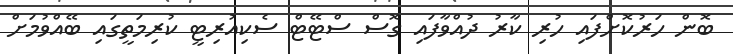
ބޮން ހަރުކޮށްފައި ހުރި ކާރު ދުއްވާފައި ގޮސް ސްޓޭޓް ސެކިއުރިޓީ ކުރިމަތީގައި ބޭއްވުމަށް